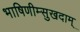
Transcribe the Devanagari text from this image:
भाषिणीम्सुखदाम्